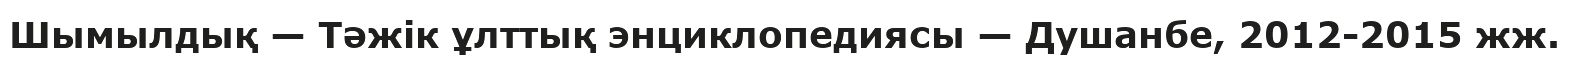
Шымылдық — Тәжік ұлттық энциклопедиясы — Душанбе, 2012-2015 жж.